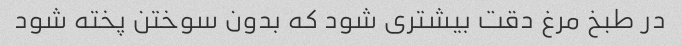
در طبخ مرغ دقت بیشتری شود که بدون سوختن پخته شود